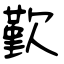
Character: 歏